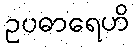
ဥပဓာရေဟိ